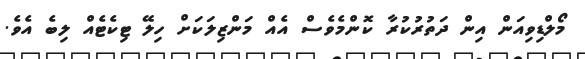
މޯލްޑިވިއަން އިން ދަތުރުކުރާ ކޮންމެވެސް އެއް މަންޒިލަކަށް ހިލޭ ޓިކެޓެއް ލިބެ އެވެ.